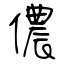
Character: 儂